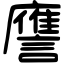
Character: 譍